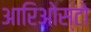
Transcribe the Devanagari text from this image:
आरिओस्टो